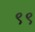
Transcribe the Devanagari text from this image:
९९